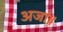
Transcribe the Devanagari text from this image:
अजां॥